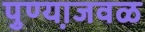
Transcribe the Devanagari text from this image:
पुण्या़जवळ